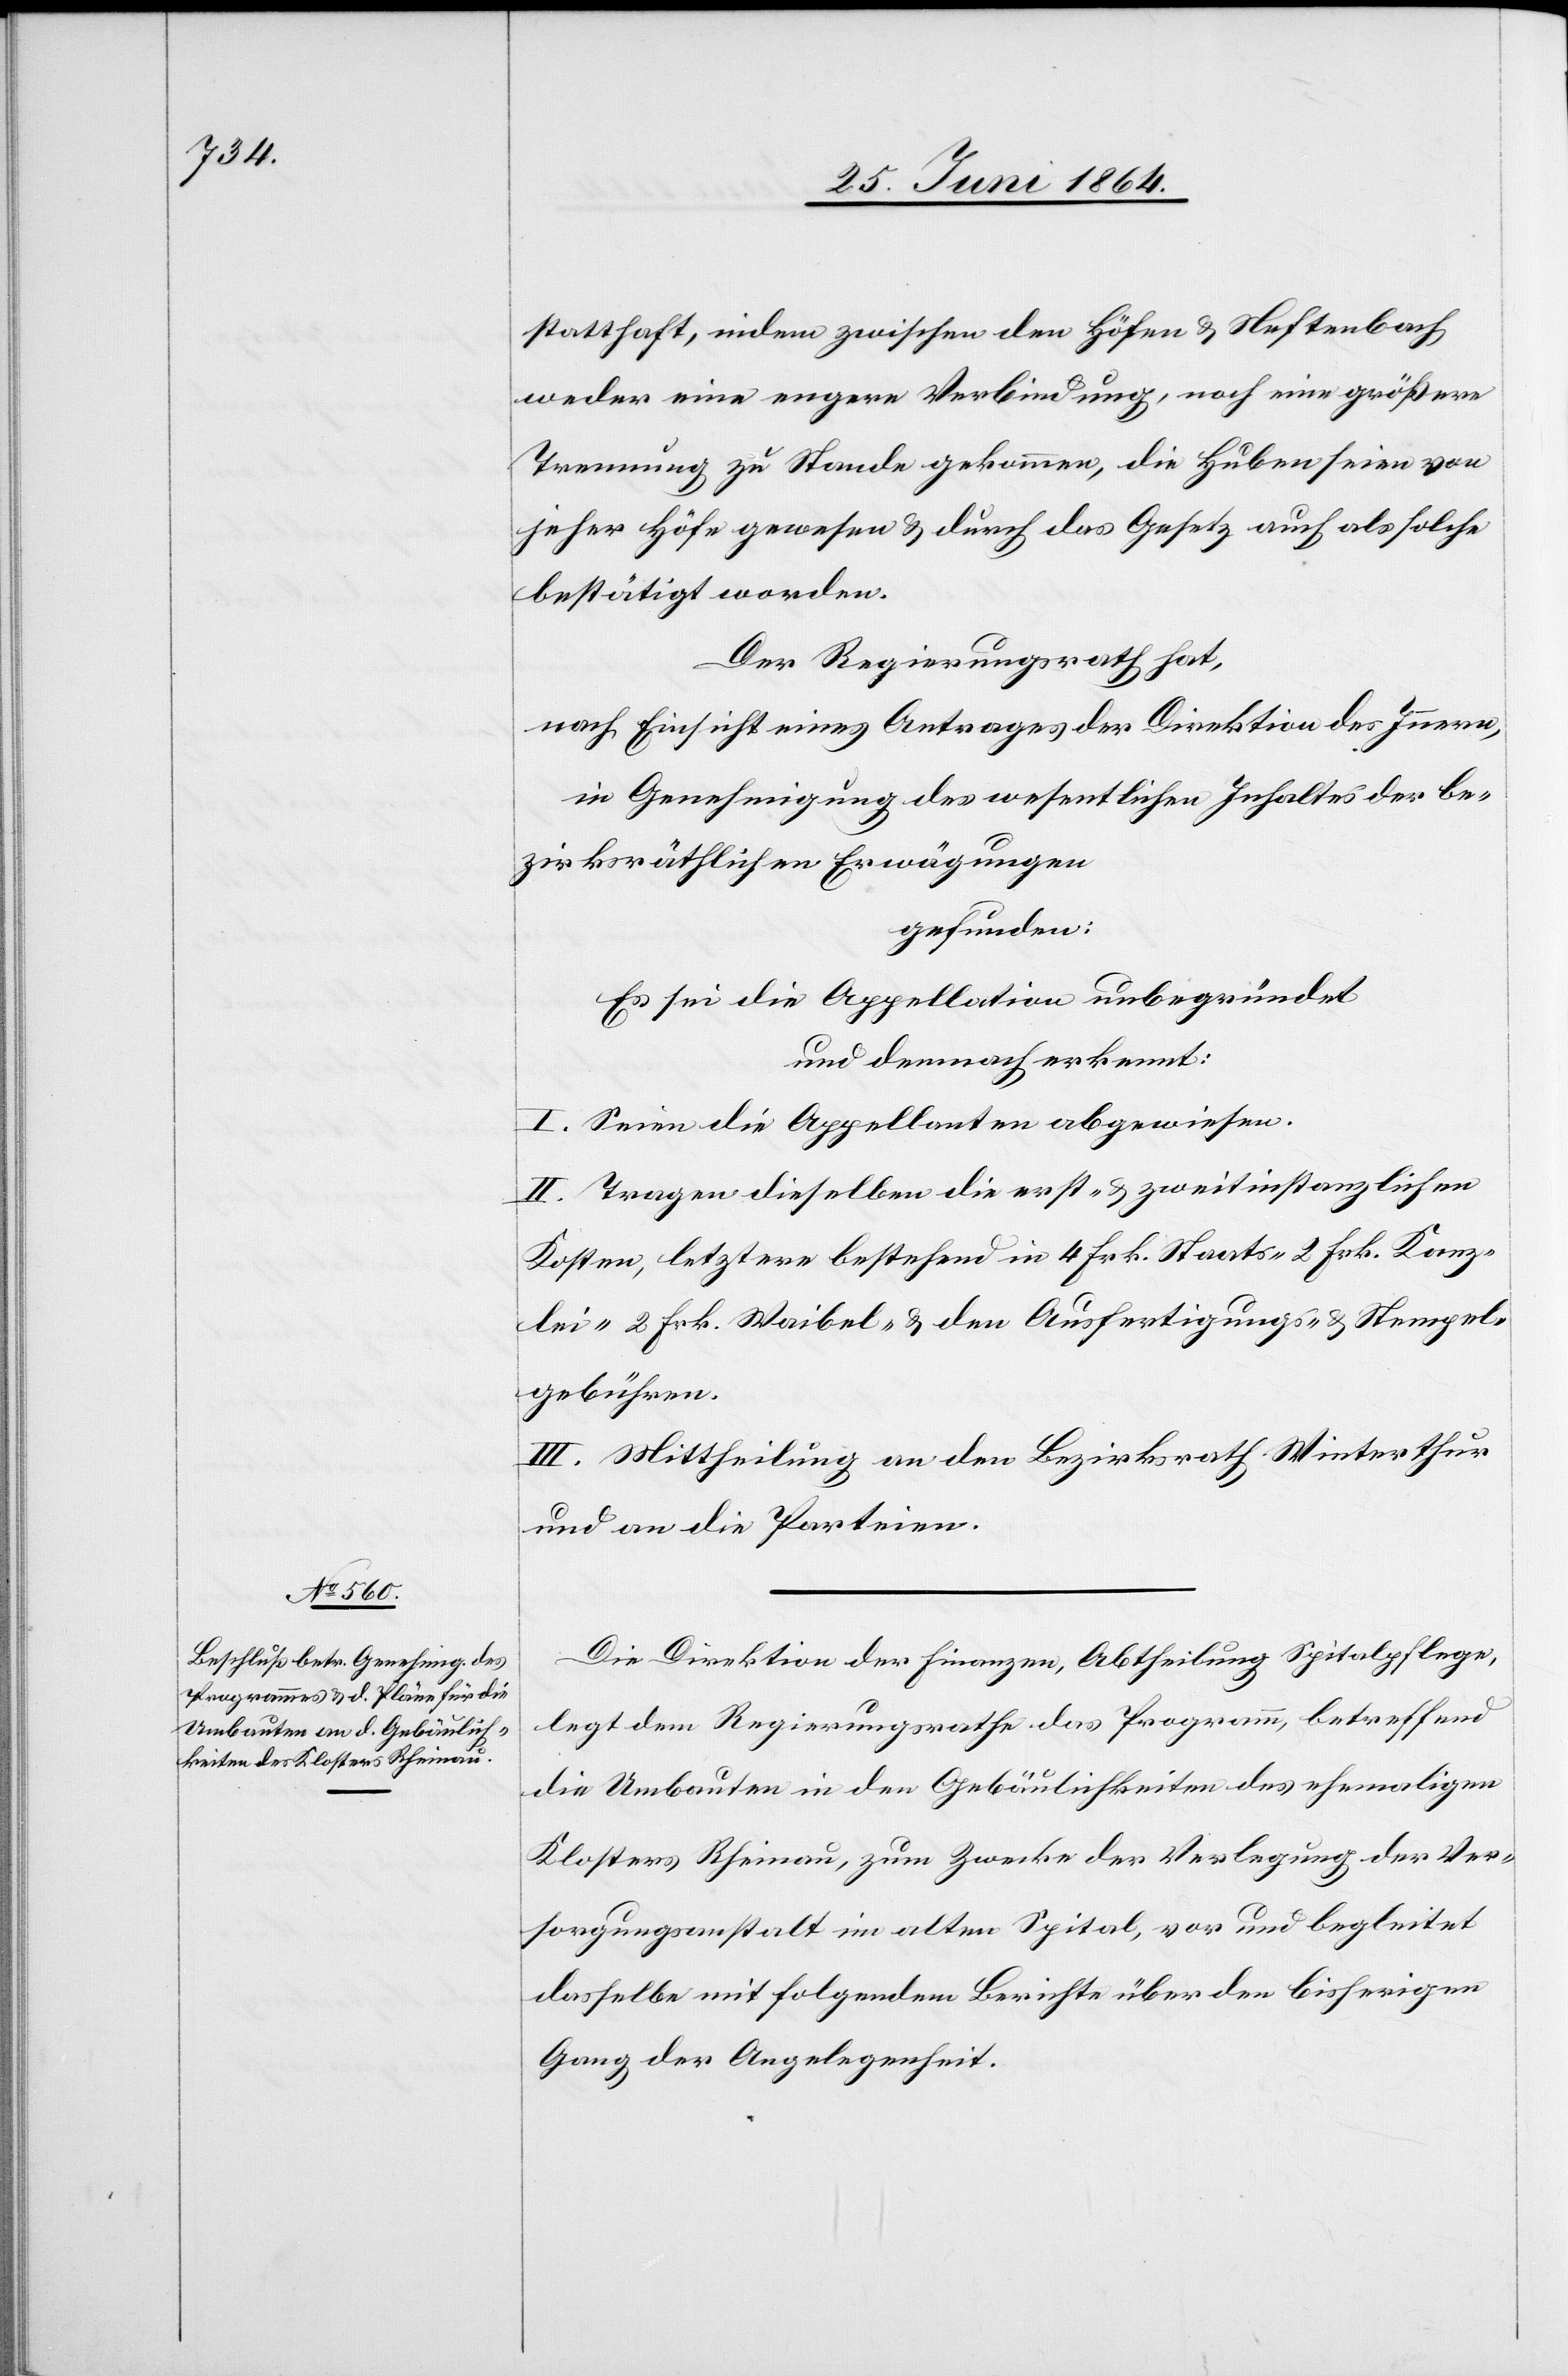
Stempel¬

statthaft, indem zwischen den Höfen u. Neftenbach
weder eine engere Verbindung, noch eine größere
Trennung zu Stande gekommen, die Huben seien von
jeher Höfe gewesen u. durch das Gesetz auch als solche
bestätigt worden.
Der Regierungsrath hat,
nach Einsicht eines Antrages der Direktion des Innern,
in Genehmigung des wesentlichen Inhaltes der be¬
zirksräthlichen Erwägungen
gefunden:
Es sei die Appellation unbegründet
und demnach erkennt:
I. Seien die Appellanten abgewiesen.
II. Tragen dieselben die erst- u. zweitinstanzlichen
Kosten, letztere bestehend in 4 Frk. Staats-[,] 2 Frk. Waibel-
gebühren.
III. Mittheilung an den Bezirksrath Winterthur
und an die Parteien.
Die Direktion der Finanzen, Abtheilung Spitalpflege,
legt dem Regierungsrathe das Programm, betreffend
die Umbauten in den Gebäulichkeiten des ehemaligen
Klosters Rheinau, zum Zwecke der Verlegung der Ver¬
sorgungsanstalt im alten Spital, vor und begleitet
dasselbe mit folgendem Berichte über den bisherigen
Gang der Angelegenheit.